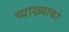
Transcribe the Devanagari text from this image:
व्याख्याको